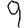
Digit: 9